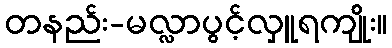
တနည်း-မလ္လာပွင့်လှူရကျိုး။